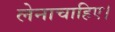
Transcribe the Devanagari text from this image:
लेनाचाहिए।